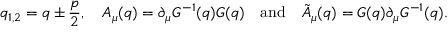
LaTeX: q _ { 1 , 2 } = q \pm \frac { p } { 2 } , \quad A _ { \mu } ( q ) = \partial _ { \mu } G ^ { - 1 } ( q ) G ( q ) \quad \mathrm { a n d } \quad \tilde { A } _ { \mu } ( q ) = G ( q ) \partial _ { \mu } G ^ { - 1 } ( q ) .